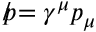
{ p \! \! \! / } = \gamma ^ { \mu } p _ { \mu }